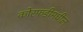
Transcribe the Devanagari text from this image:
कोरफडीमधील